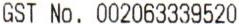
GST NO. 002063339520